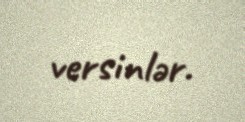
versinlər.